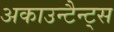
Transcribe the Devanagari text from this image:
अकाउन्टैन्ट्स